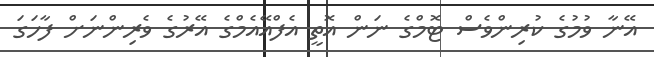
އޭނާ ވުމުގެ ކުރިންވެސް ޓޮމްގެ ނަން އޮތީ އެފްއޭއެމްގެ އޭރުގެ ވެރިންނަށް ފާހަގަ